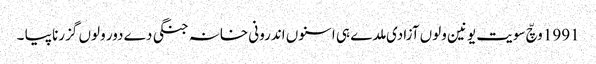
1991 وچّ سویت یونین ولوں آزادی ملدے ہی اسنوں اندرونی خانہ جنگی دے دور ولوں گزرنا پیا ۔